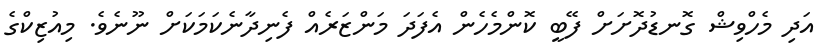
އަދި މެހްވިޝް ގޮނޑުދޮށަށް ފޭބީ ކޮންމެހެން އެފަދަ މަންޒަރެއް ފެނިދާނެކަމަކަށް ނޫނެވެ. މިއުޒިކްގެ